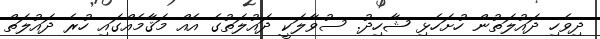
ދިވެހި ދައުލަތުން ހުށަހެޅި ޝާހިދު. ސުވާލަކީ ދައުލަތުގެ އެއް މަޤާމެއްގައި ހުރެ ދައުލަތް